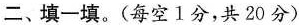
二、填一填。(每空Ⅰ分，共20分)